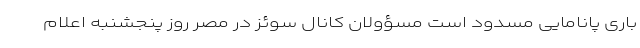
باری پانامایی مسدود است مسؤولان کانال سوئز در مصر روز پنجشنبه اعلام